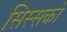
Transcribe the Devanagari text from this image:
सिस्सको